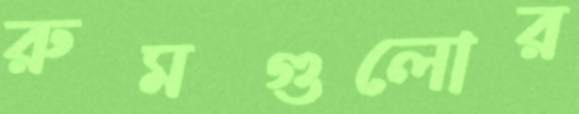
রুমগুলোর